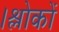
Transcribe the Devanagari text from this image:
।श्लोकों